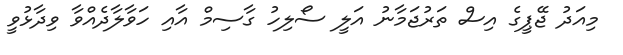
މިއަދު ޖޭޕީގެ އިސް ތަރުޖަމާނު އަލީ ސޯލިހު ގާސިމް އާއި ހަވާލާދެއްވާ ވިދާޅުވީ